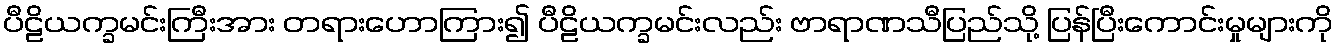
ပီဠိယက္ခမင်းကြီးအား တရားဟောကြား၍ ပီဠိယက္ခမင်းလည်း ဗာရာဏသီပြည်သို့ ပြန်ပြီးကောင်းမှုများကို